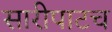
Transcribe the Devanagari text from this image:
सारीपाटच